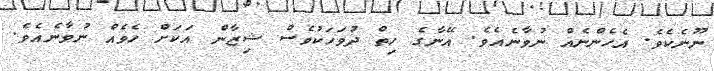
ނޫނެކެވެ. އެހެންނެއް ނުވާނެއެވެ. އޭނާގެ ހިތް ދުވަހަކުވެސް ޝިޒާން އަކަށް ހެވެއް ނުވާނެއެވެ.